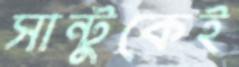
সান্টুকেই